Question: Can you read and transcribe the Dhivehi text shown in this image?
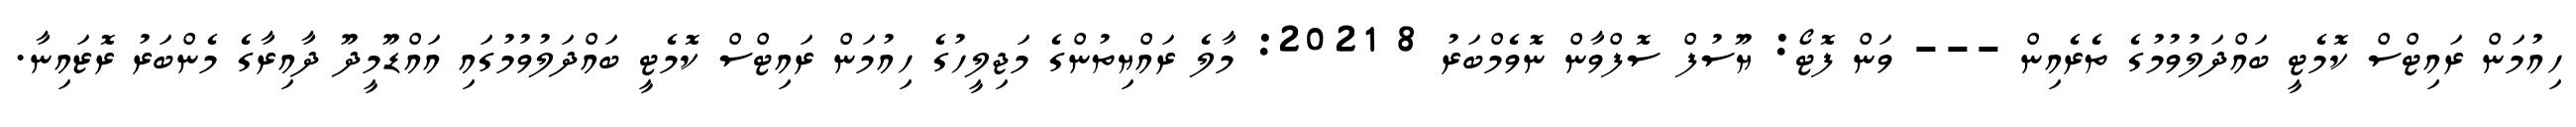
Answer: ހިއުމަން ރައިޓްސް ކޮމެޓީ ބައްދަލުވުމުގެ ތެރެއިން --- ވަން ފޮޓޯ: ޔޫސުފް ސޮފްވާން ނޮވެމްބަރު 8 2021: މާލެ ރައްޔިތުންގެ މަޖިލީހުގެ ހިއުމަން ރައިޓްސް ކޮމެޓީ ބައްދަލުވުމުގައި އައްޑޫމީދޫ ދާއިރާގެ މެންބަރު ރޮޒައިނާ.